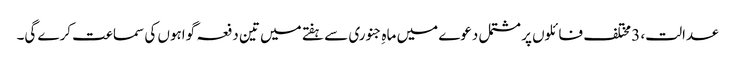
عدالت، 3 مختلف فائلوں پر مشتمل دعوے میں ماہِ جنوری سے ہفتے میں تین دفعہ گواہوں کی سماعت کرے گی۔